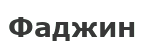
Фаджин